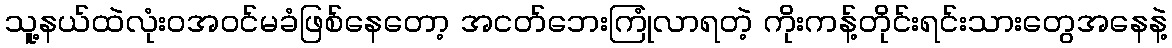
သူ့နယ်ထဲလုံးဝအ၀င်မခံဖြစ်နေတော့ အငတ်ဘေးကြုံလာရတဲ့ ကိုးကန့်တိုင်းရင်းသားတွေအနေနဲ့